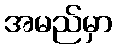
အမည်မှာ